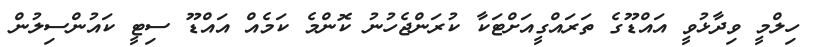
ހިލްމީ ވިދާޅުވީ އައްޑޫގެ ތަރައްގީއަށްޓަކާ ކުރަންޖެހުނު ކޮންމެ ކަމެއް އައްޑޫ ސިޓީ ކައުންސިލުން